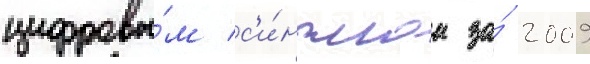
цифровы́м с'и́нглом за́ 2009